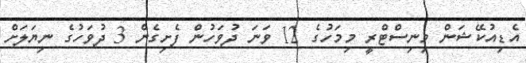
އެޑިއުކޭޝަން މިނިސްޓްރީ މިމަހުގެ 12 ވަނަ ދުވަހުން ފެށިގެން 3 ދުވަހުގެ ނިޔަލަށް